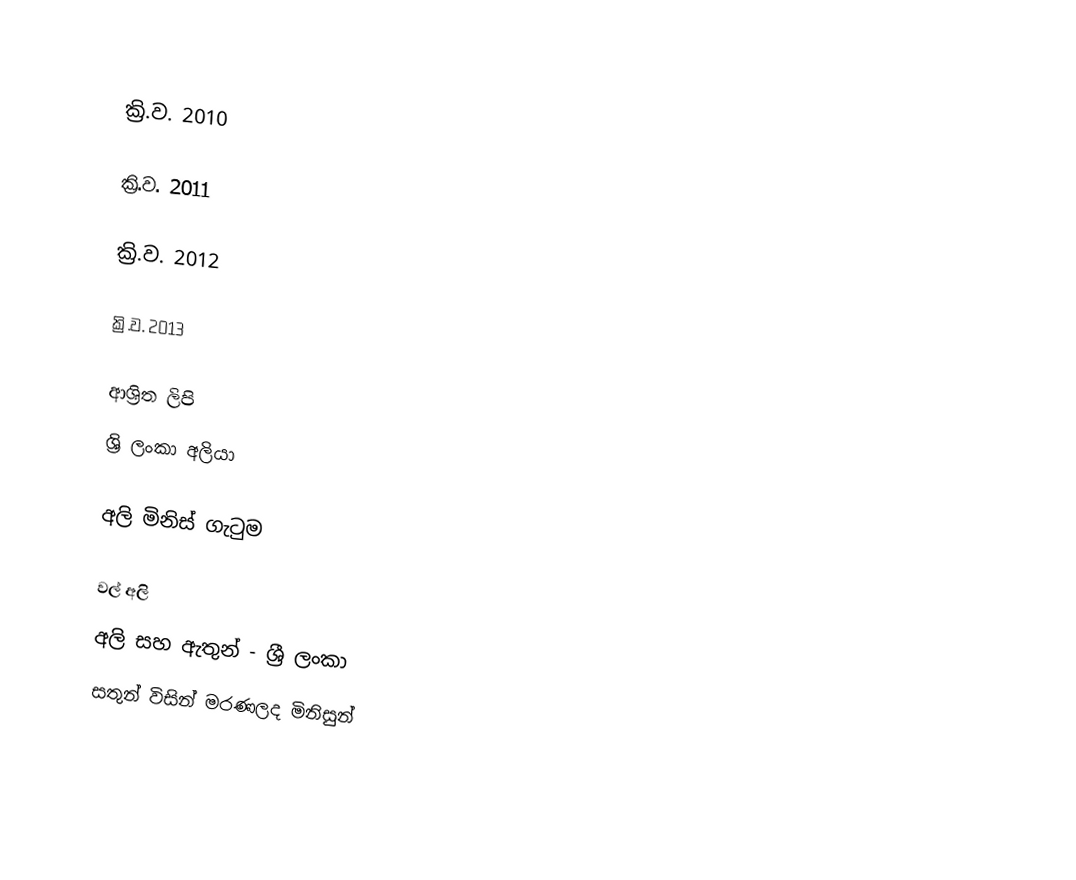

ක්‍රි.ව. 2010

ක්‍රි.ව. 2011

ක්‍රි.ව. 2012

ක්‍රි.ව. 2013

ආශ්‍රිත ලිපි
 ශ්‍රි ලංකා‍ අලියා

අලි මිනිස් ගැටුම

වල් අලි
අලි සහ ඇතුන් - ශ්‍රී ලංකා
සතුන් විසින් මරණලද මිනිසුන්